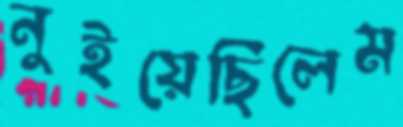
নুইয়েছিলেম